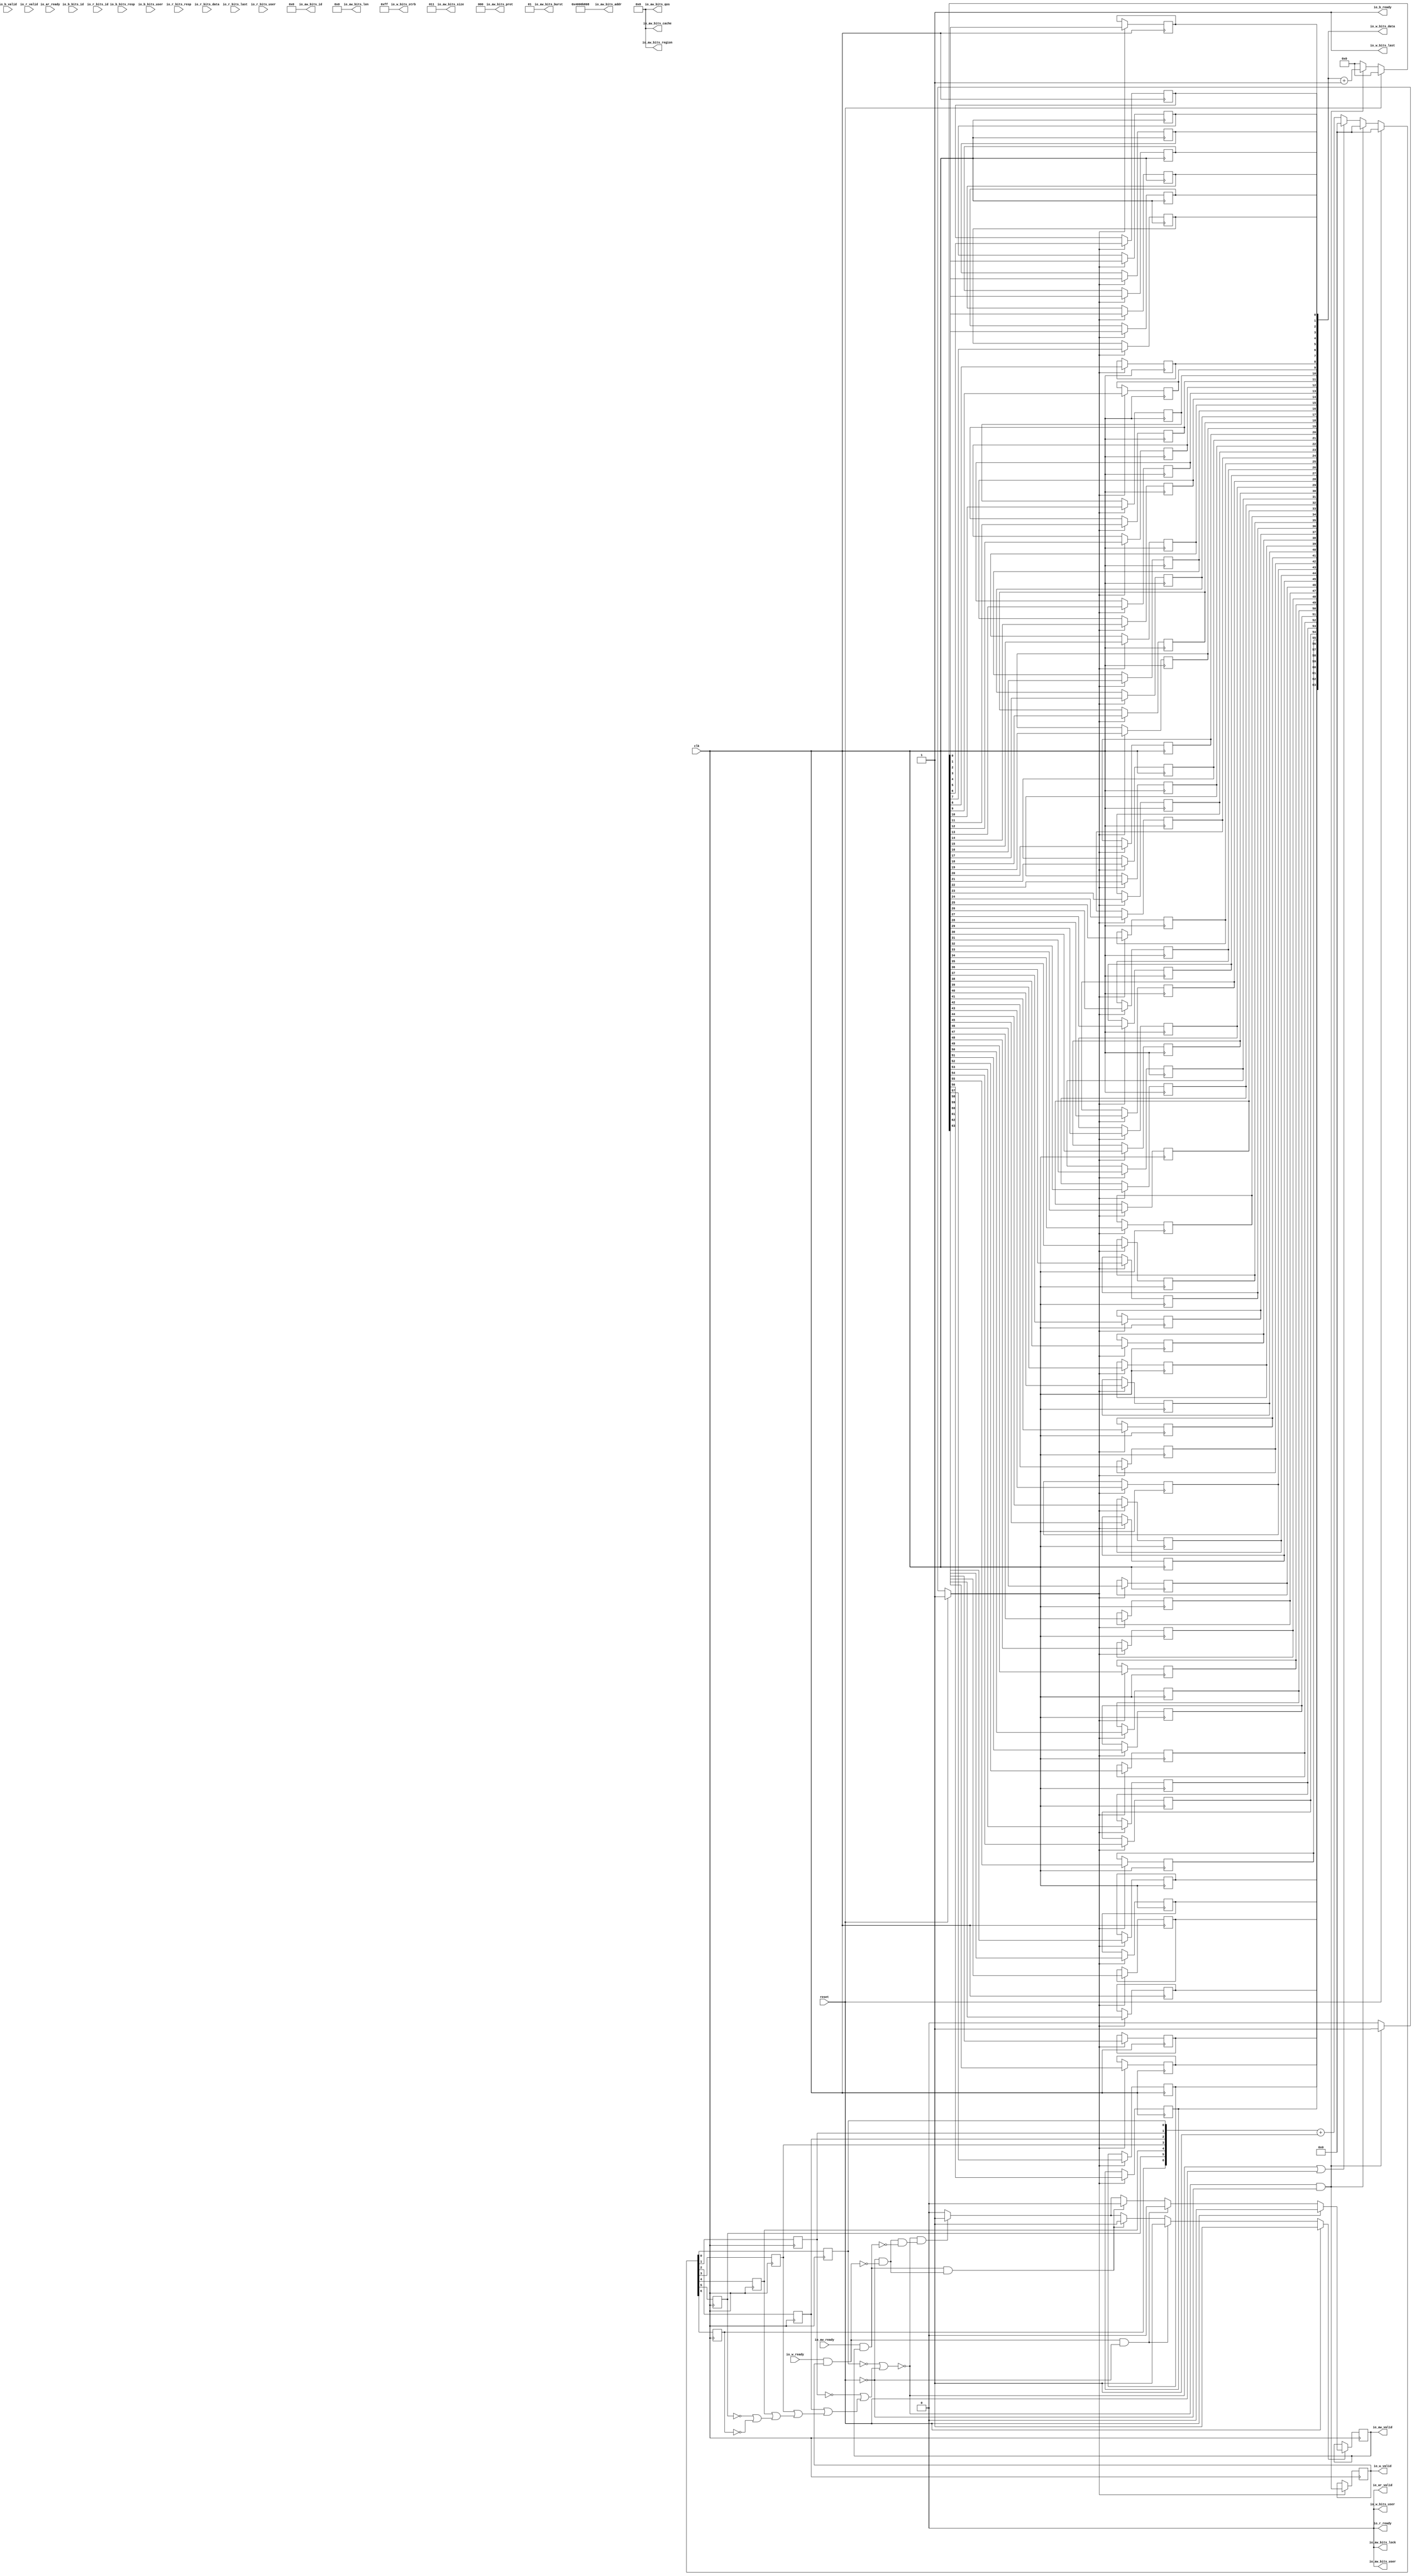
// This program was cloned from: https://github.com/NYU-MLDA/OpenABC
// License: BSD 3-Clause "New" or "Revised" License

module RTC
(
  clk,
  reset,
  io_aw_ready,
  io_aw_valid,
  io_aw_bits_addr,
  io_aw_bits_len,
  io_aw_bits_size,
  io_aw_bits_burst,
  io_aw_bits_lock,
  io_aw_bits_cache,
  io_aw_bits_prot,
  io_aw_bits_qos,
  io_aw_bits_region,
  io_aw_bits_id,
  io_aw_bits_user,
  io_w_ready,
  io_w_valid,
  io_w_bits_data,
  io_w_bits_last,
  io_w_bits_strb,
  io_w_bits_user,
  io_b_ready,
  io_b_valid,
  io_b_bits_resp,
  io_b_bits_id,
  io_b_bits_user,
  io_ar_ready,
  io_ar_valid,
  io_r_ready,
  io_r_valid,
  io_r_bits_resp,
  io_r_bits_data,
  io_r_bits_last,
  io_r_bits_id,
  io_r_bits_user
);

  output [31:0] io_aw_bits_addr;
  output [7:0] io_aw_bits_len;
  output [2:0] io_aw_bits_size;
  output [1:0] io_aw_bits_burst;
  output [3:0] io_aw_bits_cache;
  output [2:0] io_aw_bits_prot;
  output [3:0] io_aw_bits_qos;
  output [3:0] io_aw_bits_region;
  output [5:0] io_aw_bits_id;
  output [63:0] io_w_bits_data;
  output [7:0] io_w_bits_strb;
  input [1:0] io_b_bits_resp;
  input [5:0] io_b_bits_id;
  input [1:0] io_r_bits_resp;
  input [63:0] io_r_bits_data;
  input [5:0] io_r_bits_id;
  input clk;
  input reset;
  input io_aw_ready;
  input io_w_ready;
  input io_b_valid;
  input io_b_bits_user;
  input io_ar_ready;
  input io_r_valid;
  input io_r_bits_last;
  input io_r_bits_user;
  output io_aw_valid;
  output io_aw_bits_lock;
  output io_aw_bits_user;
  output io_w_valid;
  output io_w_bits_last;
  output io_w_bits_user;
  output io_b_ready;
  output io_ar_valid;
  output io_r_ready;
  wire [31:0] io_aw_bits_addr;
  wire [7:0] io_aw_bits_len,io_w_bits_strb;
  wire [2:0] io_aw_bits_size,io_aw_bits_prot;
  wire [1:0] io_aw_bits_burst;
  wire [3:0] io_aw_bits_cache,io_aw_bits_qos,io_aw_bits_region;
  wire [5:0] io_aw_bits_id;
  wire io_aw_bits_lock,io_aw_bits_user,io_w_bits_last,io_w_bits_user,io_b_ready,
  io_ar_valid,io_r_ready,N0,T43,T42,N1,N2,N3,N4,N5,N6,N7,N8,N9,N10,N11,N12,N13,N14,N15,
  N16,N17,N18,N19,N20,N21,N22,N23,N24,N25,N26,N27,N28,N29,N30,N31,N32,N33,N34,N35,
  N36,N37,N38,N39,N40,N41,N42,N43,N44,N45,N46,N47,N48,N49,N50,N51,N52,N53,N54,N55,
  N56,N57,N58,N59,N60,N61,N62,N63,N64,N65,N66,N67,N68,N69,N70,N71,N72,N73,N74,N75,
  N76,N77,N78,N79,N80,N81,N82,N83,N84,N85,N86,N87,N88,N89,N90,N91,N92,N93,N94,N95,
  N96,N97,N98,N99,N100,N101,N102,N103,N104;
  wire [6:0] T12;
  wire [63:0] T24;
  reg [6:0] R10;
  reg [63:0] io_w_bits_data;
  reg io_w_valid,io_aw_valid;
  assign io_aw_bits_size[0] = 1'b1;
  assign io_aw_bits_size[1] = 1'b1;
  assign io_aw_bits_burst[0] = 1'b1;
  assign io_w_bits_last = 1'b1;
  assign io_w_bits_strb[0] = 1'b1;
  assign io_w_bits_strb[1] = 1'b1;
  assign io_w_bits_strb[2] = 1'b1;
  assign io_w_bits_strb[3] = 1'b1;
  assign io_w_bits_strb[4] = 1'b1;
  assign io_w_bits_strb[5] = 1'b1;
  assign io_w_bits_strb[6] = 1'b1;
  assign io_w_bits_strb[7] = 1'b1;
  assign io_b_ready = 1'b1;
  assign io_aw_bits_addr[31] = 1'b0;
  assign io_aw_bits_len[0] = 1'b0;
  assign io_aw_bits_len[1] = 1'b0;
  assign io_aw_bits_len[2] = 1'b0;
  assign io_aw_bits_len[3] = 1'b0;
  assign io_aw_bits_len[4] = 1'b0;
  assign io_aw_bits_len[5] = 1'b0;
  assign io_aw_bits_len[6] = 1'b0;
  assign io_aw_bits_len[7] = 1'b0;
  assign io_aw_bits_size[2] = 1'b0;
  assign io_aw_bits_burst[1] = 1'b0;
  assign io_aw_bits_lock = 1'b0;
  assign io_aw_bits_cache[0] = 1'b0;
  assign io_aw_bits_cache[1] = 1'b0;
  assign io_aw_bits_cache[2] = 1'b0;
  assign io_aw_bits_cache[3] = 1'b0;
  assign io_aw_bits_prot[0] = 1'b0;
  assign io_aw_bits_prot[1] = 1'b0;
  assign io_aw_bits_prot[2] = 1'b0;
  assign io_aw_bits_qos[0] = 1'b0;
  assign io_aw_bits_qos[1] = 1'b0;
  assign io_aw_bits_qos[2] = 1'b0;
  assign io_aw_bits_qos[3] = 1'b0;
  assign io_aw_bits_region[0] = 1'b0;
  assign io_aw_bits_region[1] = 1'b0;
  assign io_aw_bits_region[2] = 1'b0;
  assign io_aw_bits_region[3] = 1'b0;
  assign io_aw_bits_id[0] = 1'b0;
  assign io_aw_bits_id[1] = 1'b0;
  assign io_aw_bits_id[2] = 1'b0;
  assign io_aw_bits_id[3] = 1'b0;
  assign io_aw_bits_id[4] = 1'b0;
  assign io_aw_bits_id[5] = 1'b0;
  assign io_aw_bits_user = 1'b0;
  assign io_w_bits_user = 1'b0;
  assign io_ar_valid = 1'b0;
  assign io_r_ready = 1'b0;
  assign io_aw_bits_addr[30] = 1'b1;
  assign io_aw_bits_addr[29] = 1'b0;
  assign io_aw_bits_addr[28] = 1'b0;
  assign io_aw_bits_addr[27] = 1'b0;
  assign io_aw_bits_addr[26] = 1'b0;
  assign io_aw_bits_addr[25] = 1'b0;
  assign io_aw_bits_addr[24] = 1'b0;
  assign io_aw_bits_addr[23] = 1'b0;
  assign io_aw_bits_addr[22] = 1'b0;
  assign io_aw_bits_addr[21] = 1'b0;
  assign io_aw_bits_addr[20] = 1'b0;
  assign io_aw_bits_addr[19] = 1'b0;
  assign io_aw_bits_addr[18] = 1'b0;
  assign io_aw_bits_addr[17] = 1'b0;
  assign io_aw_bits_addr[16] = 1'b0;
  assign io_aw_bits_addr[15] = 1'b1;
  assign io_aw_bits_addr[14] = 1'b0;
  assign io_aw_bits_addr[13] = 1'b1;
  assign io_aw_bits_addr[12] = 1'b1;
  assign io_aw_bits_addr[11] = 1'b1;
  assign io_aw_bits_addr[10] = 1'b0;
  assign io_aw_bits_addr[9] = 1'b0;
  assign io_aw_bits_addr[8] = 1'b0;
  assign io_aw_bits_addr[7] = 1'b0;
  assign io_aw_bits_addr[6] = 1'b0;
  assign io_aw_bits_addr[5] = 1'b0;
  assign io_aw_bits_addr[4] = 1'b0;
  assign io_aw_bits_addr[3] = 1'b1;
  assign io_aw_bits_addr[2] = 1'b0;
  assign io_aw_bits_addr[1] = 1'b0;
  assign io_aw_bits_addr[0] = 1'b0;

  always @(posedge clk) begin
    if(1'b1) begin
      R10[6] <= N9;
    end 
  end


  always @(posedge clk) begin
    if(1'b1) begin
      R10[5] <= N8;
    end 
  end


  always @(posedge clk) begin
    if(1'b1) begin
      R10[4] <= N7;
    end 
  end


  always @(posedge clk) begin
    if(1'b1) begin
      R10[3] <= N6;
    end 
  end


  always @(posedge clk) begin
    if(1'b1) begin
      R10[2] <= N5;
    end 
  end


  always @(posedge clk) begin
    if(1'b1) begin
      R10[1] <= N4;
    end 
  end


  always @(posedge clk) begin
    if(1'b1) begin
      R10[0] <= N3;
    end 
  end


  always @(posedge clk) begin
    if(N12) begin
      io_w_bits_data[63] <= N76;
    end 
  end


  always @(posedge clk) begin
    if(N12) begin
      io_w_bits_data[62] <= N75;
    end 
  end


  always @(posedge clk) begin
    if(N12) begin
      io_w_bits_data[61] <= N74;
    end 
  end


  always @(posedge clk) begin
    if(N12) begin
      io_w_bits_data[60] <= N73;
    end 
  end


  always @(posedge clk) begin
    if(N12) begin
      io_w_bits_data[59] <= N72;
    end 
  end


  always @(posedge clk) begin
    if(N12) begin
      io_w_bits_data[58] <= N71;
    end 
  end


  always @(posedge clk) begin
    if(N12) begin
      io_w_bits_data[57] <= N70;
    end 
  end


  always @(posedge clk) begin
    if(N12) begin
      io_w_bits_data[56] <= N69;
    end 
  end


  always @(posedge clk) begin
    if(N12) begin
      io_w_bits_data[55] <= N68;
    end 
  end


  always @(posedge clk) begin
    if(N12) begin
      io_w_bits_data[54] <= N67;
    end 
  end


  always @(posedge clk) begin
    if(N12) begin
      io_w_bits_data[53] <= N66;
    end 
  end


  always @(posedge clk) begin
    if(N12) begin
      io_w_bits_data[52] <= N65;
    end 
  end


  always @(posedge clk) begin
    if(N12) begin
      io_w_bits_data[51] <= N64;
    end 
  end


  always @(posedge clk) begin
    if(N12) begin
      io_w_bits_data[50] <= N63;
    end 
  end


  always @(posedge clk) begin
    if(N12) begin
      io_w_bits_data[49] <= N62;
    end 
  end


  always @(posedge clk) begin
    if(N12) begin
      io_w_bits_data[48] <= N61;
    end 
  end


  always @(posedge clk) begin
    if(N12) begin
      io_w_bits_data[47] <= N60;
    end 
  end


  always @(posedge clk) begin
    if(N12) begin
      io_w_bits_data[46] <= N59;
    end 
  end


  always @(posedge clk) begin
    if(N12) begin
      io_w_bits_data[45] <= N58;
    end 
  end


  always @(posedge clk) begin
    if(N12) begin
      io_w_bits_data[44] <= N57;
    end 
  end


  always @(posedge clk) begin
    if(N12) begin
      io_w_bits_data[43] <= N56;
    end 
  end


  always @(posedge clk) begin
    if(N12) begin
      io_w_bits_data[42] <= N55;
    end 
  end


  always @(posedge clk) begin
    if(N12) begin
      io_w_bits_data[41] <= N54;
    end 
  end


  always @(posedge clk) begin
    if(N12) begin
      io_w_bits_data[40] <= N53;
    end 
  end


  always @(posedge clk) begin
    if(N12) begin
      io_w_bits_data[39] <= N52;
    end 
  end


  always @(posedge clk) begin
    if(N12) begin
      io_w_bits_data[38] <= N51;
    end 
  end


  always @(posedge clk) begin
    if(N12) begin
      io_w_bits_data[37] <= N50;
    end 
  end


  always @(posedge clk) begin
    if(N12) begin
      io_w_bits_data[36] <= N49;
    end 
  end


  always @(posedge clk) begin
    if(N12) begin
      io_w_bits_data[35] <= N48;
    end 
  end


  always @(posedge clk) begin
    if(N12) begin
      io_w_bits_data[34] <= N47;
    end 
  end


  always @(posedge clk) begin
    if(N12) begin
      io_w_bits_data[33] <= N46;
    end 
  end


  always @(posedge clk) begin
    if(N12) begin
      io_w_bits_data[32] <= N45;
    end 
  end


  always @(posedge clk) begin
    if(N12) begin
      io_w_bits_data[31] <= N44;
    end 
  end


  always @(posedge clk) begin
    if(N12) begin
      io_w_bits_data[30] <= N43;
    end 
  end


  always @(posedge clk) begin
    if(N12) begin
      io_w_bits_data[29] <= N42;
    end 
  end


  always @(posedge clk) begin
    if(N12) begin
      io_w_bits_data[28] <= N41;
    end 
  end


  always @(posedge clk) begin
    if(N12) begin
      io_w_bits_data[27] <= N40;
    end 
  end


  always @(posedge clk) begin
    if(N12) begin
      io_w_bits_data[26] <= N39;
    end 
  end


  always @(posedge clk) begin
    if(N12) begin
      io_w_bits_data[25] <= N38;
    end 
  end


  always @(posedge clk) begin
    if(N12) begin
      io_w_bits_data[24] <= N37;
    end 
  end


  always @(posedge clk) begin
    if(N12) begin
      io_w_bits_data[23] <= N36;
    end 
  end


  always @(posedge clk) begin
    if(N12) begin
      io_w_bits_data[22] <= N35;
    end 
  end


  always @(posedge clk) begin
    if(N12) begin
      io_w_bits_data[21] <= N34;
    end 
  end


  always @(posedge clk) begin
    if(N12) begin
      io_w_bits_data[20] <= N33;
    end 
  end


  always @(posedge clk) begin
    if(N12) begin
      io_w_bits_data[19] <= N32;
    end 
  end


  always @(posedge clk) begin
    if(N12) begin
      io_w_bits_data[18] <= N31;
    end 
  end


  always @(posedge clk) begin
    if(N12) begin
      io_w_bits_data[17] <= N30;
    end 
  end


  always @(posedge clk) begin
    if(N12) begin
      io_w_bits_data[16] <= N29;
    end 
  end


  always @(posedge clk) begin
    if(N12) begin
      io_w_bits_data[15] <= N28;
    end 
  end


  always @(posedge clk) begin
    if(N12) begin
      io_w_bits_data[14] <= N27;
    end 
  end


  always @(posedge clk) begin
    if(N12) begin
      io_w_bits_data[13] <= N26;
    end 
  end


  always @(posedge clk) begin
    if(N12) begin
      io_w_bits_data[12] <= N25;
    end 
  end


  always @(posedge clk) begin
    if(N12) begin
      io_w_bits_data[11] <= N24;
    end 
  end


  always @(posedge clk) begin
    if(N12) begin
      io_w_bits_data[10] <= N23;
    end 
  end


  always @(posedge clk) begin
    if(N12) begin
      io_w_bits_data[9] <= N22;
    end 
  end


  always @(posedge clk) begin
    if(N12) begin
      io_w_bits_data[8] <= N21;
    end 
  end


  always @(posedge clk) begin
    if(N12) begin
      io_w_bits_data[7] <= N20;
    end 
  end


  always @(posedge clk) begin
    if(N12) begin
      io_w_bits_data[6] <= N19;
    end 
  end


  always @(posedge clk) begin
    if(N12) begin
      io_w_bits_data[5] <= N18;
    end 
  end


  always @(posedge clk) begin
    if(N12) begin
      io_w_bits_data[4] <= N17;
    end 
  end


  always @(posedge clk) begin
    if(N12) begin
      io_w_bits_data[3] <= N16;
    end 
  end


  always @(posedge clk) begin
    if(N12) begin
      io_w_bits_data[2] <= N15;
    end 
  end


  always @(posedge clk) begin
    if(N12) begin
      io_w_bits_data[1] <= N14;
    end 
  end


  always @(posedge clk) begin
    if(N12) begin
      io_w_bits_data[0] <= N13;
    end 
  end


  always @(posedge clk) begin
    if(N77) begin
      io_w_valid <= N78;
    end 
  end


  always @(posedge clk) begin
    if(N83) begin
      io_aw_valid <= N84;
    end 
  end

  assign N94 = ~R10[6];
  assign N95 = ~R10[5];
  assign N96 = ~R10[1];
  assign N97 = ~R10[0];
  assign N98 = N95 | N94;
  assign N99 = R10[4] | N98;
  assign N100 = R10[3] | N99;
  assign N101 = R10[2] | N100;
  assign N102 = N96 | N101;
  assign N103 = N97 | N102;
  assign N104 = ~N103;
  assign T12 = R10 + 1'b1;
  assign T24 = io_w_bits_data + 1'b1;
  assign { N9, N8, N7, N6, N5, N4, N3 } = (N0)? { 1'b0, 1'b0, 1'b0, 1'b0, 1'b0, 1'b0, 1'b0 } : 
                                          (N78)? { 1'b0, 1'b0, 1'b0, 1'b0, 1'b0, 1'b0, 1'b0 } : 
                                          (N2)? T12 : 1'b0;
  assign N0 = reset;
  assign N12 = (N0)? 1'b1 : 
               (N86)? 1'b1 : 
               (N11)? 1'b0 : 1'b0;
  assign { N76, N75, N74, N73, N72, N71, N70, N69, N68, N67, N66, N65, N64, N63, N62, N61, N60, N59, N58, N57, N56, N55, N54, N53, N52, N51, N50, N49, N48, N47, N46, N45, N44, N43, N42, N41, N40, N39, N38, N37, N36, N35, N34, N33, N32, N31, N30, N29, N28, N27, N26, N25, N24, N23, N22, N21, N20, N19, N18, N17, N16, N15, N14, N13 } = (N0)? { 1'b0, 1'b0, 1'b0, 1'b0, 1'b0, 1'b0, 1'b0, 1'b0, 1'b0, 1'b0, 1'b0, 1'b0, 1'b0, 1'b0, 1'b0, 1'b0, 1'b0, 1'b0, 1'b0, 1'b0, 1'b0, 1'b0, 1'b0, 1'b0, 1'b0, 1'b0, 1'b0, 1'b0, 1'b0, 1'b0, 1'b0, 1'b0, 1'b0, 1'b0, 1'b0, 1'b0, 1'b0, 1'b0, 1'b0, 1'b0, 1'b0, 1'b0, 1'b0, 1'b0, 1'b0, 1'b0, 1'b0, 1'b0, 1'b0, 1'b0, 1'b0, 1'b0, 1'b0, 1'b0, 1'b0, 1'b0, 1'b0, 1'b0, 1'b0, 1'b0, 1'b0, 1'b0, 1'b0, 1'b0 } : 
                                                                                                                                                                                                                                                                                                                                              (N86)? T24 : 1'b0;
  assign N77 = (N0)? 1'b1 : 
               (N78)? 1'b1 : 
               (N2)? 1'b0 : 1'b0;
  assign N83 = (N0)? 1'b1 : 
               (N87)? 1'b1 : 
               (N90)? 1'b1 : 
               (N93)? 1'b1 : 
               (N82)? 1'b0 : 1'b0;
  assign N84 = (N0)? 1'b0 : 
               (N87)? 1'b0 : 
               (N90)? 1'b0 : 
               (N93)? 1'b1 : 1'b0;
  assign T42 = io_aw_ready & io_aw_valid;
  assign T43 = io_w_ready & io_w_valid;
  assign N1 = N104 | reset;
  assign N2 = ~N1;
  assign N10 = N104 | reset;
  assign N11 = ~N10;
  assign N79 = T43 | reset;
  assign N80 = T42 | N79;
  assign N81 = N104 | N80;
  assign N82 = ~N81;
  assign N85 = ~reset;
  assign N78 = N104 & N85;
  assign N86 = N104 & N85;
  assign N87 = T43 & N85;
  assign N88 = ~T43;
  assign N89 = N85 & N88;
  assign N90 = T42 & N89;
  assign N91 = ~T42;
  assign N92 = N89 & N91;
  assign N93 = N104 & N92;

endmodule